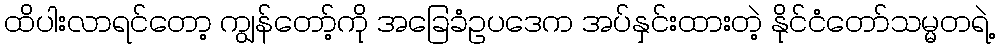
ထိပါးလာရင်တော့ ကျွန်တော့်ကို အခြေခံဥပဒေက အပ်နှင်းထားတဲ့ နိုင်ငံတော်သမ္မတရဲ့